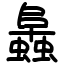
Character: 䘀